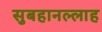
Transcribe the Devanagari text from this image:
सुबहानल्लाह